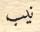
نيب